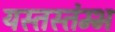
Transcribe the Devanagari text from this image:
यस्तस्तंम्भ